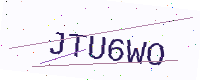
Text: JTU6WO